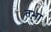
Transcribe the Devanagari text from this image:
तभा